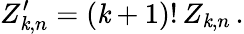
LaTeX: Z_{\mathit{k},n}^{\prime}=(\mathit{k}+1)!\, Z_{\mathit{k},n}\, .